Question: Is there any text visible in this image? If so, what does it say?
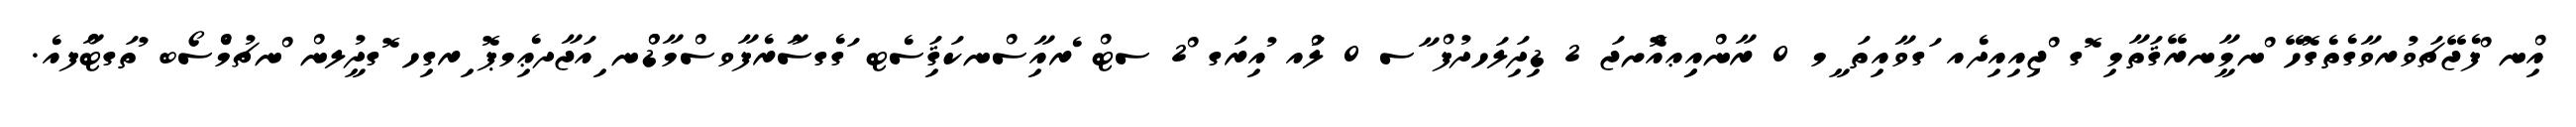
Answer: އިްނ ްފެޖޭޗަވުރވާގެތެގޮހޭ ްނމާީނރޭޤަތާމި ޮގ ްޖިއިއިދެއ ަގވާއިތަ ީމ 0 ރާންއިިޢއޮްށޖަ 2 ޑިދަިލަހދުފް ާސ 0 ލްައ ުއިރަގ ް2 ސޓް ެރއިާސްނކަޤަިސެޓ ަގެގސާުރެފާވސްމާޑްްނ ިއަޖާދޢިެމޕޮ ިރގިހ ޮގދުީލން ްނޗުމެްސޯބ ުތަގޓްާފއެ.